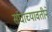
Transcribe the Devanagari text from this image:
संघाच्यावतीने